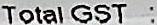
TOTAL GST :